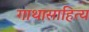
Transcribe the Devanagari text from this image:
गाथासाहित्य